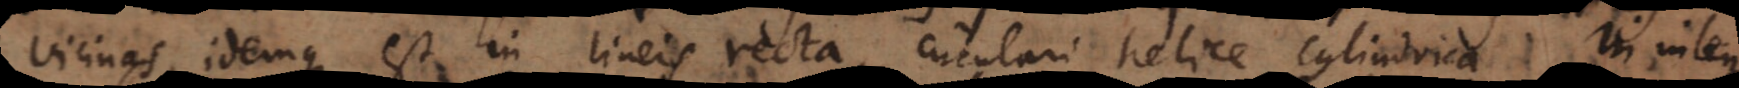
vicinas, idemque est in lineis recta, circulari, helice cylindrica. In integra